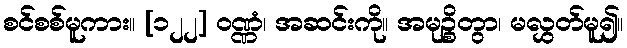
စင်စစ်မူကား။ [၁၂၂] ဝဏ္ဏံ၊ အဆင်းကို။ အမုဉ္စိတွာ၊ မလွှတ်မူ၍။